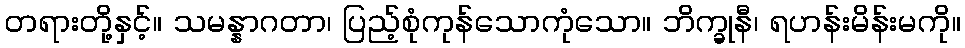
တရားတို့နှင့်။ သမန္နာဂတာ၊ ပြည့်စုံကုန်သောကုံသော။ ဘိက္ခုနီ၊ ရဟန်းမိန်းမကို။